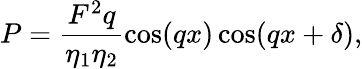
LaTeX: P=\frac{{{F^{2}}q}}{{{\eta_{1}}{\eta_{2}}}}\cos(qx)\cos(qx+\delta),